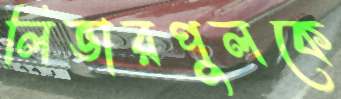
লিভারপুলকে